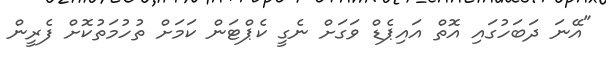
"އޭނަ ދަބަހުގައި އޮތް އައިޕެޑް ވަގަށް ނެގީ ކެޕްޓަން ކަމަށް ތުހުމަތުކޮށް ފެރީން